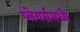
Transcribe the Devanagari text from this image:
प्लेयर्समध्ये